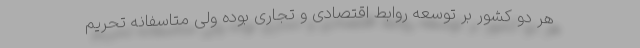
هر دو کشور بر توسعه روابط اقتصادی و تجاری بوده ولی متاسفانه تحریم